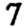
Digit: 7